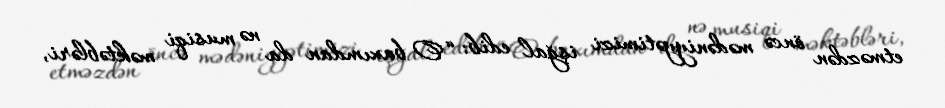
etməzdən öncə mədəniyyətimizi işğal edib: “O baxımdan da nə musiqi məktəbləri,